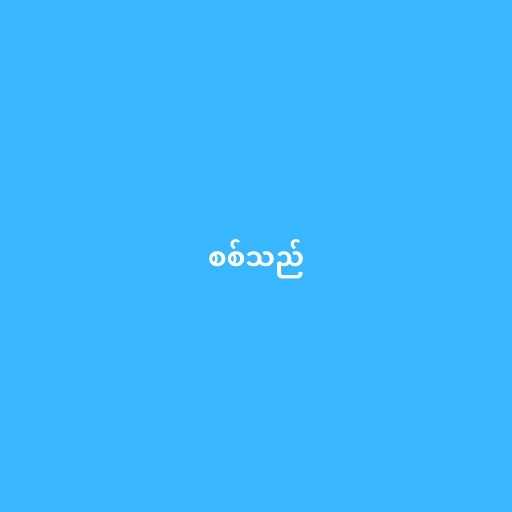
စစ်သည်